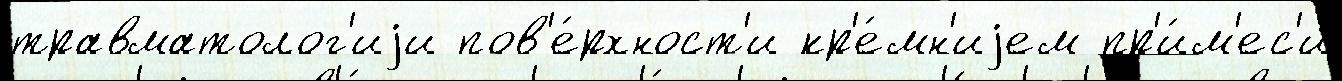
травматолог'иjи пов'е́рхност'и кр'е́мн'иjем пр'и́м'ес'и